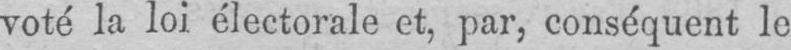
voté la loi électorale et, par, conséquent le